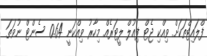
ފްލައިޓްތަކަށް ވިއްކި ޖެޓް ފިއުލް ލީޓަރެއް މިހާރު ވިއްކަނީ 0.64 ސެންޓް ނުވަތަ